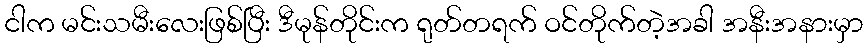
ငါက မင်းသမီးလေးဖြစ်ပြီး ဒီမုန်တိုင်းက ရုတ်တရက် ဝင်တိုက်တဲ့အခါ အနီးအနားမှာ